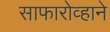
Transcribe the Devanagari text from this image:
साफारोव्हाने